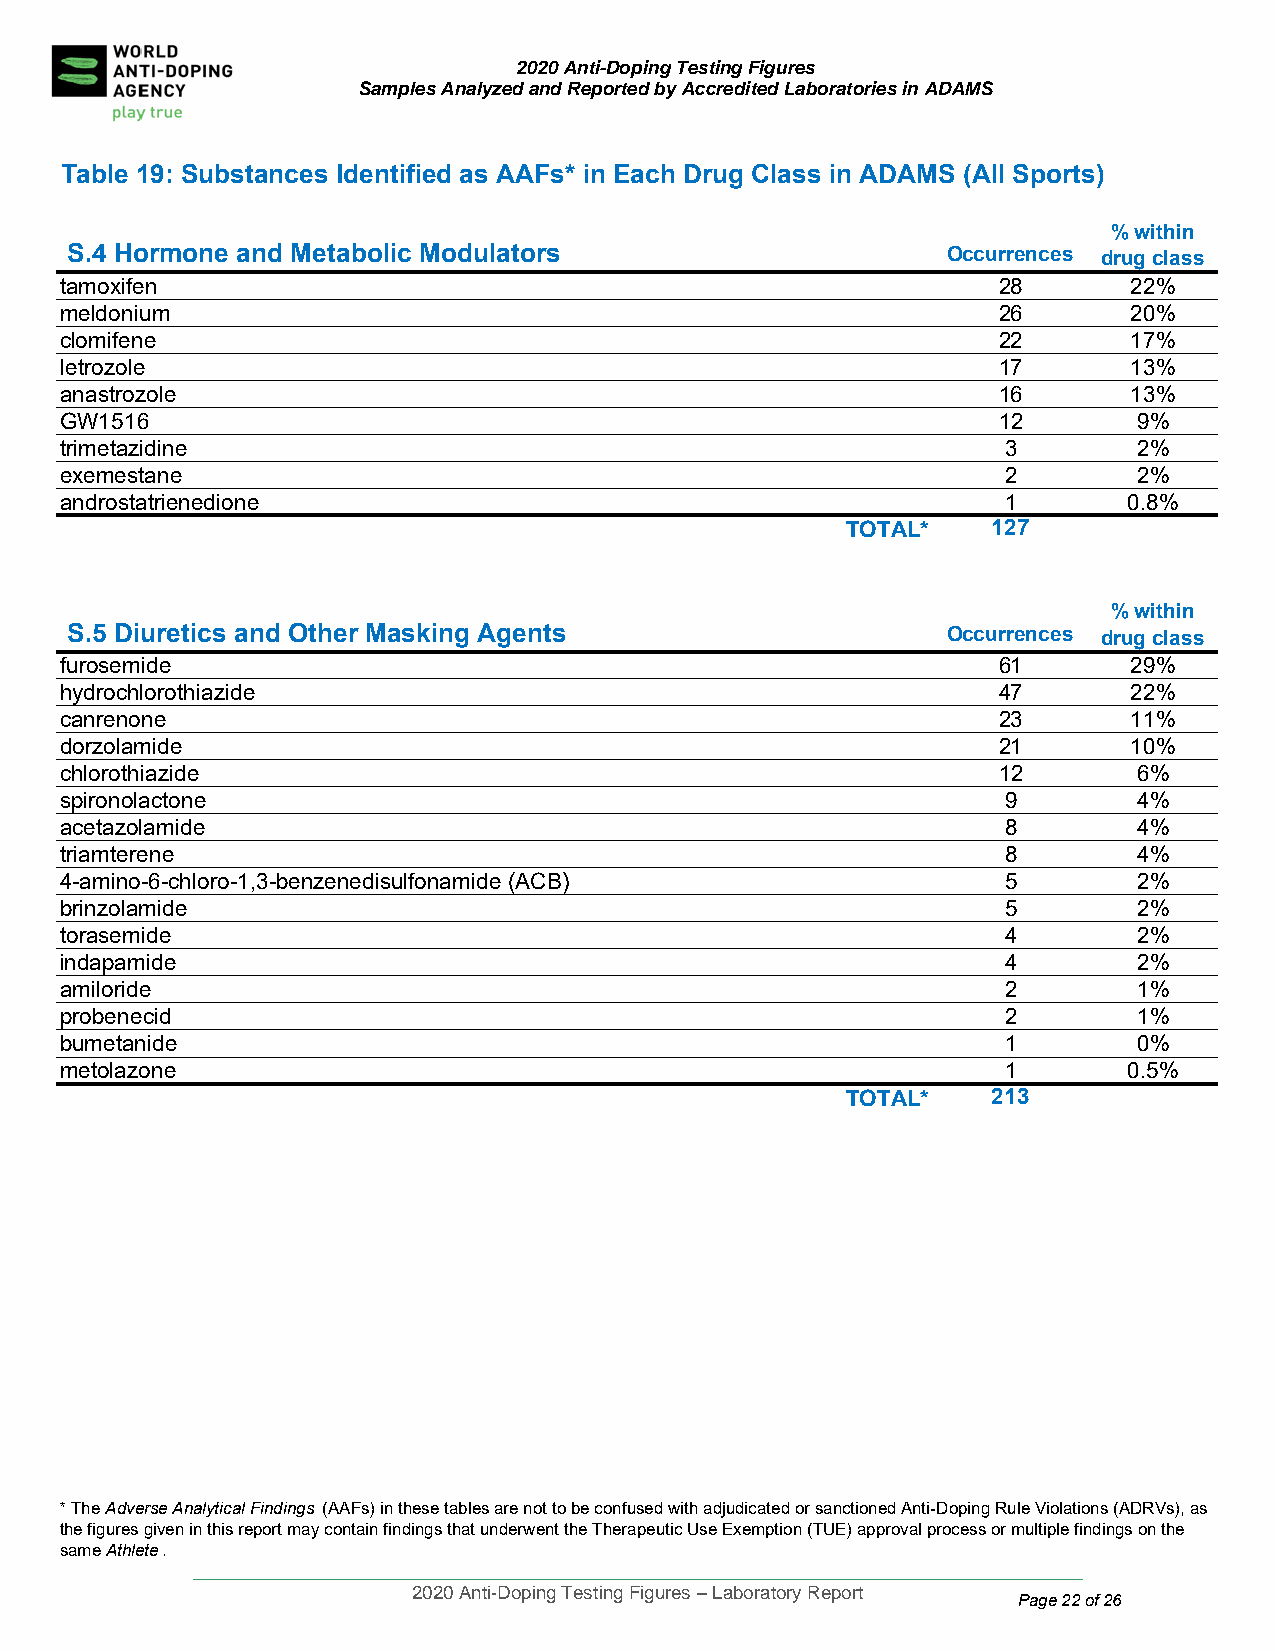
2020 Anti-Doping Testing Figures
 Samples Analyzed and Reported by Accredited Laboratories in ADAMS
 Table 19: S ubstances Identified as AAFs* in Each Drug Class in ADAMS (All Sports)
 % within
 S.4 Hormo ne and Metabolic Modulators                     Occurrences drug class
 tamoxifen                                                     28       22%
 meldonium                                                     26       20%
 clomifene                                                     22       17%
 letrozole                                                     17       13%
 anastrozole                                                   16       13%
 GW1516                                                        12       9%
 trimetazidine                                                  3       2%
 exemestane                                                     2       2%
 androstatrienedione                                            1       0.8%
 TOTAL*    127
 % within
 S.5 Diuretics and Other Masking Agents                    Occurrences drug class
 furosemide                                                    61       29%
 hydrochlorothiazide                                           47       22%
 canrenone                                                     23       11%
 dorzolamide                                                   21       10%
 chlorothiazide                                                12       6%
 spironolactone                                                 9       4%
 acetazolamide                                                  8       4%
 triamterene                                                    8       4%
 4-amino-6-chloro-1,3-benzenedisulfonamide (ACB)                5       2%
 brinzolamide                                                   5       2%
 torasemide                                                     4       2%
 indapamide                                                     4       2%
 amiloride                                                      2       1%
 probenecid                                                     2       1%
 bumetanide                                                     1       0%
 metolazone                                                     1       0.5%
 TOTAL*    213
 * The Adverse Analytical Findings (AAFs) in these tables are not to be confused with adjudicated or sanctioned Anti-Doping Rule Violations (ADRVs), as
 the figures given in this report may contain findings that underwent the Therapeutic Use Exemption (TUE) approval process or multiple findings on the
 same Athlete.
 ____________________________________________________________________________________
 2020 Anti-Doping Testing Figures – Laboratory Report
 Page 22 of 26